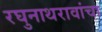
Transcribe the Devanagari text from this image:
रघुनाथरावांचा